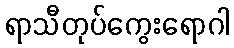
ရာသီတုပ်ကွေးရောဂါ